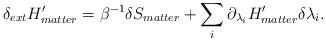
LaTeX: \begin{align*} \delta_{ext}H^\prime_{matter}=\beta^{-1}\delta S_{matter}+\sum_i\partial_{\lambda_i}H^\prime_{matter}\delta\lambda_i.\end{align*}